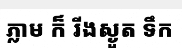
ភ្លាម ក៏ រីងស្ងួត ទឹក